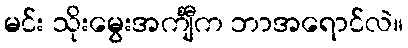
မင်း သိုးမွေးအင်္ကျီက ဘာအရောင်လဲ။